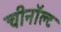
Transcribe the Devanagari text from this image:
चीनॉल्ट